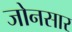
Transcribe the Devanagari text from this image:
जोनसार